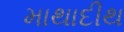
માથાદીથ